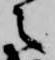
之